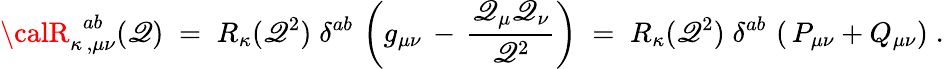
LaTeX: {\calR}_{\kappa\, ,\mu\nu}^{\; \, ab}(\mathscr{Q})\; =\; {R}_{\kappa}(\mathscr{Q}^{2})\; \delta^{ab}\, \left(g_{\mu\nu}\, -\, \frac{{\mathscr{Q}_{\mu}\mathscr{Q}_{\nu}}}{{\mathscr{Q}^{2}}}\right)\; =\; {R}_{\kappa}(\mathscr{Q}^{2})\; \delta^{ab}\, \left(\, P_{\mu\nu}+Q_{\mu\nu}\right)\; .